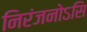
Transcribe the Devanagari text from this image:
निरंजनोऽसि